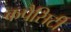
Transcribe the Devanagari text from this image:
कपैसिटी